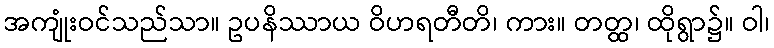
အကျုံးဝင်သည်သာ။ ဥပနိဿာယ ဝိဟရတီတိ၊ ကား။ တတ္ထ၊ ထိုရွာ၌။ ဝါ၊